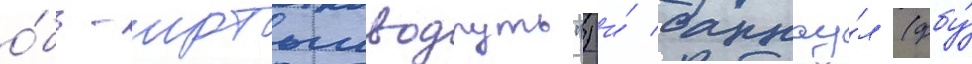
о́бь-иртышводпуть") и́ барнау́л (фбу́